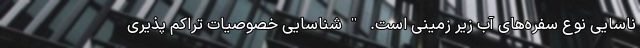
ناسایی نوع سفره‌های آب زیر زمینی است. "شناسایی خصوصیات تراکم پذیری